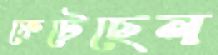
ফেটেছেন